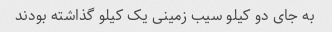
به جای دو کیلو سیب زمینی یک کیلو گذاشته بودند